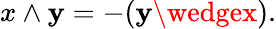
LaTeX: x\wedge\mathbf{y}=-(\mathbf{y}\wedgex).